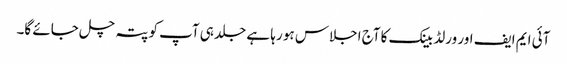
آئی ایم ایف اور ورلڈ بینک کا آج اجلاس ہو رہا ہے جلد ہی آپ کو پتہ چل جائے گا۔